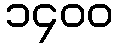
၁၄၀၀